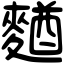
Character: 𪍑